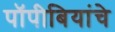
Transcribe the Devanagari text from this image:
पॉपीबियांचे